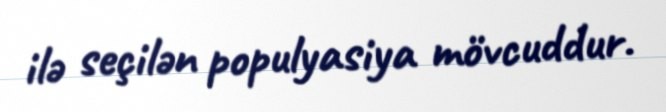
ilə seçilən populyasiya mövcuddur.